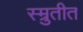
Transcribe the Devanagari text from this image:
स्म्रुतीत